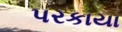
પરકાયા